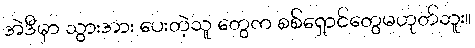
အဲဒီမှာ သွားအား ပေးတဲ့သူ တွေက စစ်ရှောင်တွေမဟုတ်ဘူး။